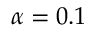
\alpha = 0 . 1